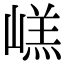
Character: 㟱